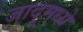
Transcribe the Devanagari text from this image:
जादूमध्ये